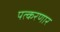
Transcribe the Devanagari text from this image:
पत्करणार